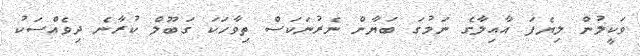
ވަކީލުން ލިޔެފަ އާއިލާގެ ނަމުގަ ބަޔާން ނެރުނަކަސް ތިވާހަކަ ގަބޫލް ކުރާނެ ދިވެއްސަކު